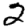
Digit: 2